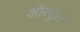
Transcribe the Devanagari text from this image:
ऑस्ट्रेली